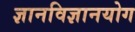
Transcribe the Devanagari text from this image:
ज्ञानविज्ञानयोग